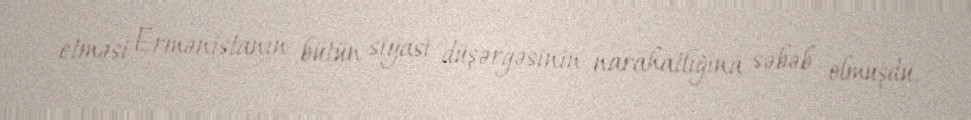
etməsi Ermənistanın bütün siyasi düşərgəsinin narahatlığına səbəb olmuşdu.